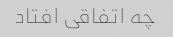
چه اتفاقی افتاد